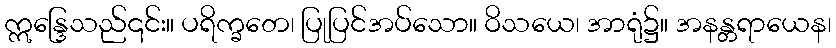
ဣန္ဒြေသည်၎င်း။ ပရိက္ခတေ၊ ပြုပြင်အပ်သော။ ဝိသယေ၊ အာရုံ၌။ အနန္တရာယေန၊